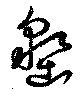
墾